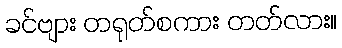
ခင်ဗျား တရုတ်စကား တတ်လား။